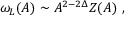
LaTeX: \omega _ { L } ( A ) \sim A ^ { 2 - 2 \Delta } Z ( A ) \ ,